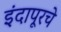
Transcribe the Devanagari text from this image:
इंदापूरचे